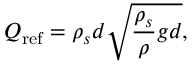
Q _ { \mathrm { r e f } } = \rho _ { s } d \sqrt { \frac { \rho _ { s } } { \rho } g d } ,